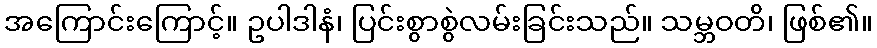
အကြောင်းကြောင့်။ ဥပါဒါနံ၊ ပြင်းစွာစွဲလမ်းခြင်းသည်။ သမ္ဘဝတိ၊ ဖြစ်၏။